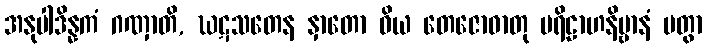
အနုပါဒိန္နကံ ဂဏှာတိ, ဃဋသတေန နှာတော ဝိယ တေဇောဓာတု ပရိဠာဟနိဗ္ဗာနံ ပတွာ